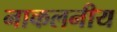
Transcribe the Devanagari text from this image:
नाकलनीय